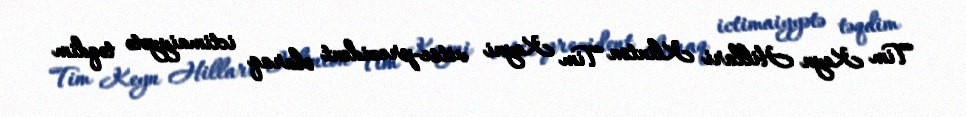
Tim Keyn Hillari Klinton Tim Keyni vitse-prezident olaraq ictimaiyyətə təqdim